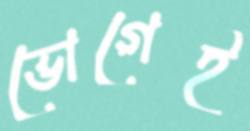
ভোগেই